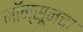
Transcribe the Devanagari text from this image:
मॉन्सूनचा